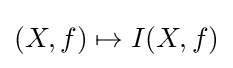
(X,f)\mapsto I(X,f)